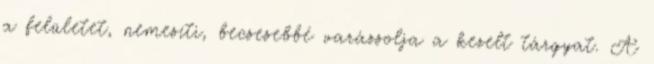
a felületet, nemesíti, becsesebbé varázsolja a kezelt tárgyat. A